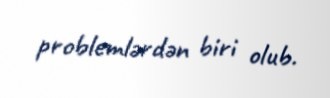
problemlərdən biri olub.